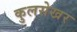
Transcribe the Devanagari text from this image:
कुलसेखर